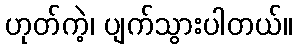
ဟုတ်ကဲ့၊ ပျက်သွားပါတယ်။